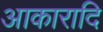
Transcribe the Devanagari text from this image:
आकारादि